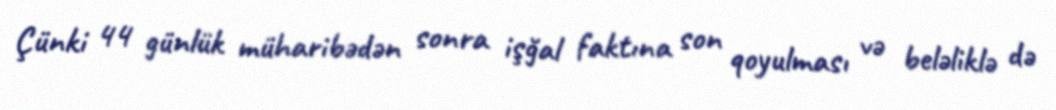
Çünki 44 günlük müharibədən sonra işğal faktına son qoyulması və beləliklə də